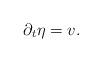
LaTeX: \begin{align*}\partial_t \eta = v.\end{align*}